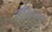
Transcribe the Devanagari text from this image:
कार्डबोर्डावर